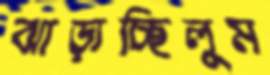
ঝাড়াচ্ছিলুম